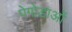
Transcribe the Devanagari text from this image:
पेगोडाओं